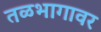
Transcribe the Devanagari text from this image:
तळभागावर